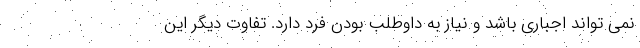
نمی تواند اجباری باشد و نیاز به داوطلب بودن فرد دارد. تفاوت دیگر این